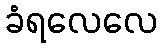
ခံရလေလေ